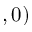
, 0 )